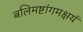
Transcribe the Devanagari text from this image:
बलिमष्टांगमक्षयं